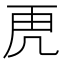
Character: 𮓙